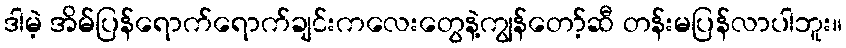
ဒါမဲ့ အိမ်ပြန်ရောက်ရောက်ချင်းကလေးတွေနဲ့ကျွန်တော့်ဆီ တန်းမပြန်လာပါဘူး။